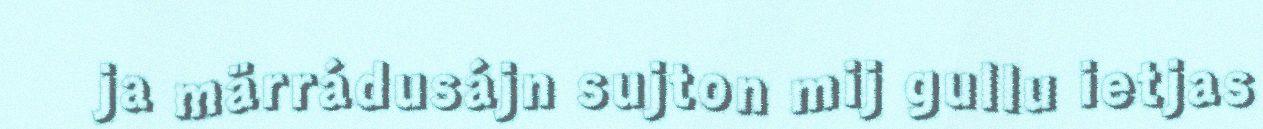
ja märrádusájn sujton mij gullu ietjas